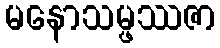
မနောသမ္ဖဿဇာ